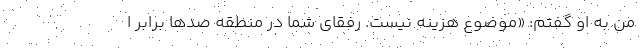
من به او گفتم: «موضوع هزينه نيست. رفقاي شما در منطقه صدها برابر ا